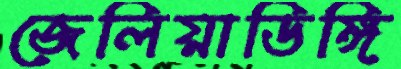
জেলিয়াডিঙ্গি